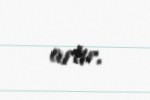
artır.